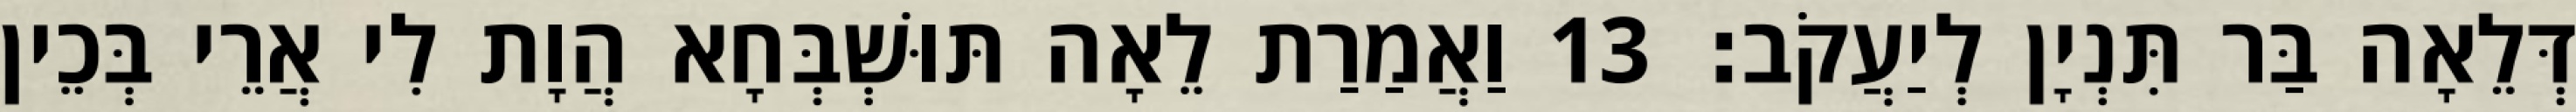
דְּלֵאָה בַּר תִּנְיָן לְיַעֲקֹב׃ 13 וַאֲמַרַת לֵאָה תּוּשְׁבְּחָא הֲוָת לִי אֲרֵי בְּכֵין